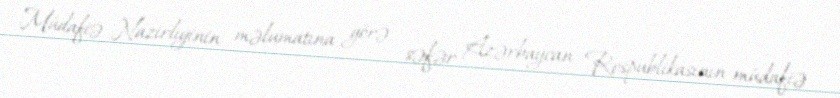
Müdafiə Nazirliyinin məlumatına görə, səfər Azərbaycan Respublikasının müdafiə